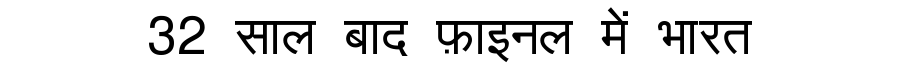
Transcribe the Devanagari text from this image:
32 साल बाद फ़ाइनल में भारत